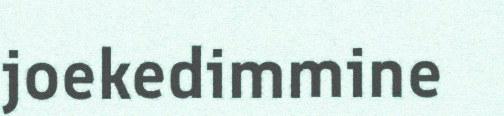
joekedimmine